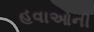
હવાઓની